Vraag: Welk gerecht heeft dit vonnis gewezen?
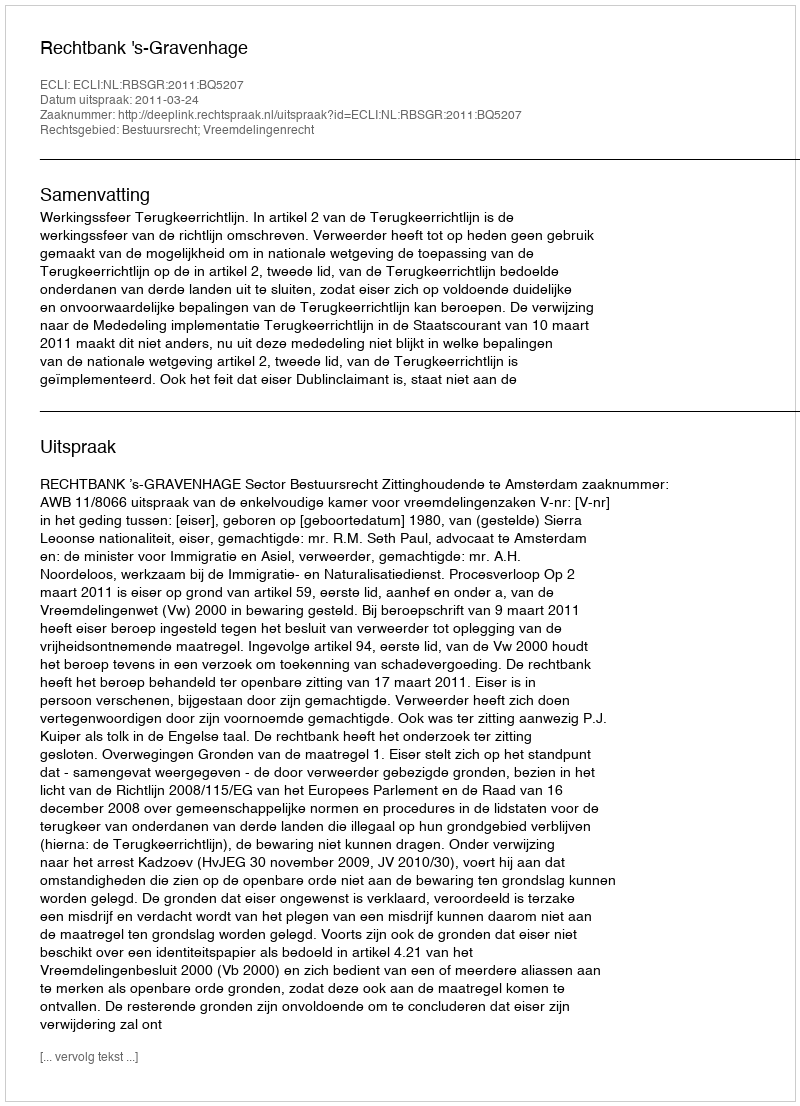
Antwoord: Rechtbank 's-Gravenhage